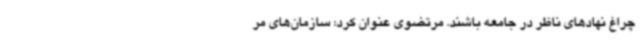
چراغ نهادهای ناظر در جامعه باشند. مرتضوی عنوان کرد: سازمان‌های مر